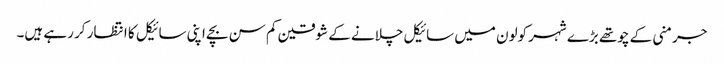
جرمنی کے چوتھے بڑے شہر کولون میں سائیکل چلانے کے شوقین کم سن بچے اپنی سائیکل کا انتظار کر رہے ہیں۔